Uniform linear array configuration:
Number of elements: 8
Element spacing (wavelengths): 0.5
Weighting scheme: hamming
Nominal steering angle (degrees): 0
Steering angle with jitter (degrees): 1.263
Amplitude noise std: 0.05
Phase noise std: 0.05

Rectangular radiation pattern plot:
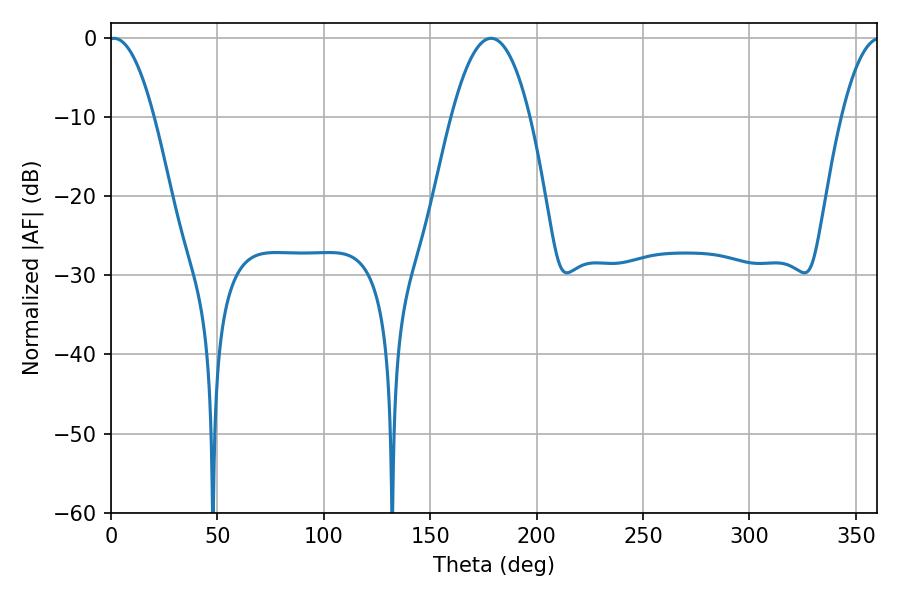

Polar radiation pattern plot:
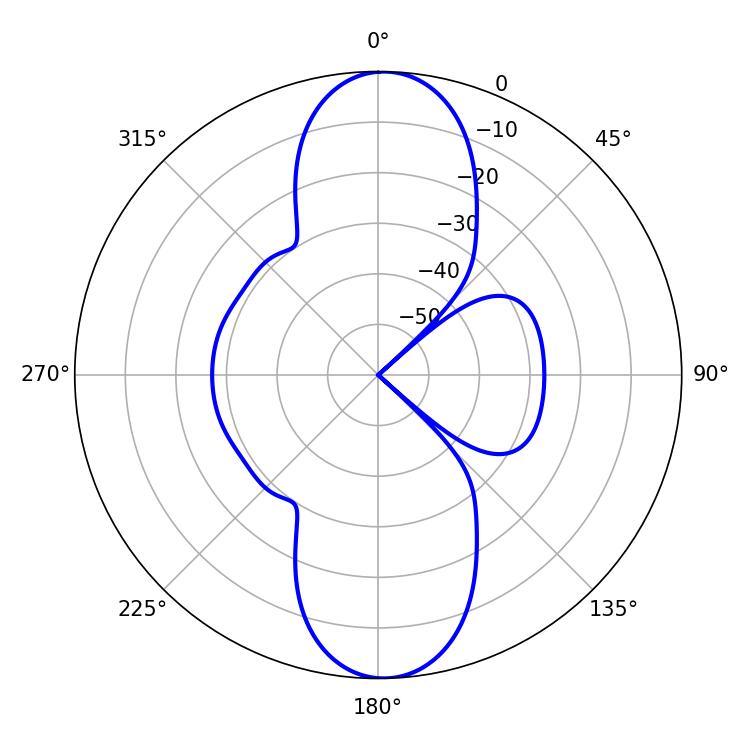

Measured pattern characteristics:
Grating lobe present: FALSE
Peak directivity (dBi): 19.839
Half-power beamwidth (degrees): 11.7
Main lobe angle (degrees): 1.44